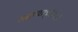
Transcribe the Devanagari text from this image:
मनुष्याकृतियाँ